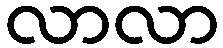
လာလာ